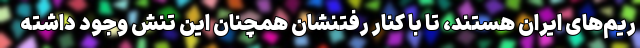
ریم‌های ایران هستند، تا با کنار رفتنشان همچنان این تنش وجود داشته